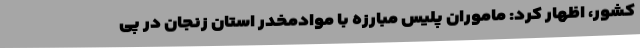
کشور، اظهار کرد: ماموران پلیس مبارزه با موادمخدر استان زنجان در پی